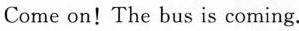
Come on！The bus is coming。